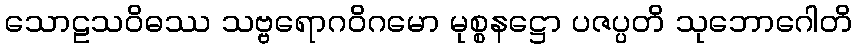
သောဠသဝိဓဿ သဗ္ဗရောဂဝိဂမော မုစ္စနဋ္ဌော ပဇပ္ပတိ သုဘောဂေါတိ